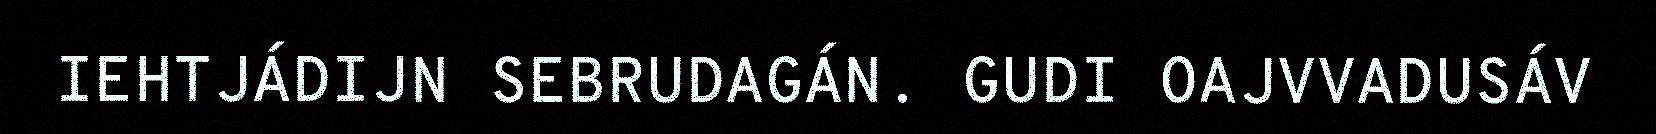
IEHTJÁDIJN SEBRUDAGÁN. GUDI OAJVVADUSÁV